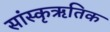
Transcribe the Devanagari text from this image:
सांस्कृऋतिक